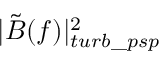
| \tilde { B } ( f ) | _ { t u r b \_ p s p } ^ { 2 }